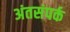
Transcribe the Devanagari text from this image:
अंतसंपर्क